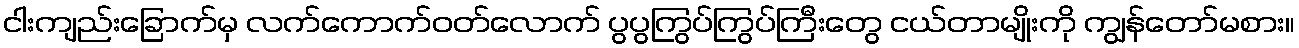
ငါးကျည်းခြောက်မှ လက်ကောက်ဝတ်လောက် ပွပွကြွပ်ကြွပ်ကြီးတွေ ငယ်တာမျိုးကို ကျွန်တော်မစား။